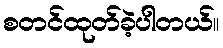
စတင်ထုတ်ခဲ့ပါတယ်။